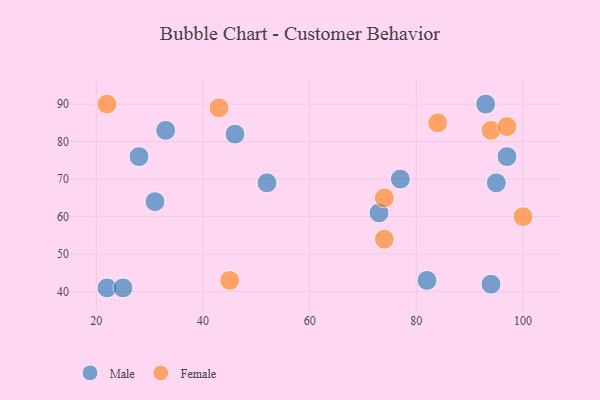
{"axis": {"x": "GDP", "y": "Life Expectancy"}, "legend": ["Female", "Male"], "data": [{"x": "95", "y": 69, "type": "Male"}, {"x": "73", "y": 61, "type": "Male"}, {"x": "46", "y": 82, "type": "Male"}, {"x": "33", "y": 83, "type": "Male"}, {"x": "97", "y": 76, "type": "Male"}, {"x": "31", "y": 64, "type": "Male"}, {"x": "77", "y": 70, "type": "Male"}, {"x": "22", "y": 41, "type": "Male"}, {"x": "25", "y": 41, "type": "Male"}, {"x": "82", "y": 43, "type": "Male"}, {"x": "93", "y": 90, "type": "Male"}, {"x": "28", "y": 76, "type": "Male"}, {"x": "94", "y": 42, "type": "Male"}, {"x": "52", "y": 69, "type": "Male"}, {"x": "74", "y": 65, "type": "Female"}, {"x": "84", "y": 85, "type": "Female"}, {"x": "74", "y": 54, "type": "Female"}, {"x": "45", "y": 43, "type": "Female"}, {"x": "22", "y": 90, "type": "Female"}, {"x": "43", "y": 89, "type": "Female"}, {"x": "94", "y": 83, "type": "Female"}, {"x": "100", "y": 60, "type": "Female"}, {"x": "97", "y": 84, "type": "Female"}]}